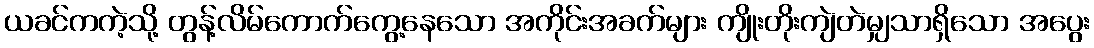
ယခင်ကကဲ့သို့ တွန့်လိမ်ကောက်ကွေ့နေသော အကိုင်းအခက်များ ကျိုးတိုးကျဲတဲမျှသာရှိသော အပွေး